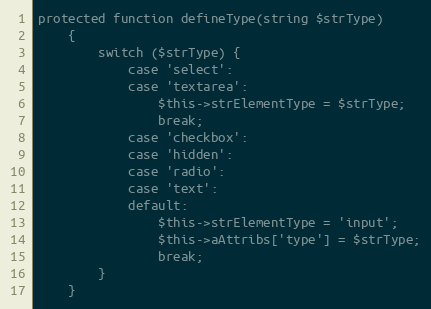
Language: PHP
protected function defineType(string $strType)
    {
        switch ($strType) {
            case 'select':
            case 'textarea':
                $this->strElementType = $strType;
                break;
            case 'checkbox':
            case 'hidden':
            case 'radio':
            case 'text':
            default:
                $this->strElementType = 'input';
                $this->aAttribs['type'] = $strType;
                break;
        }
    }